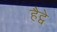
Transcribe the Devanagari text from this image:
हैट्वे